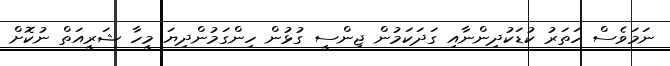
ނަމަވެސް ހަތަރު ކުޑަކުދިންނާއި ގަދަކަމުން ޖިންސީ ގުޅުން ހިންގަމުންދިޔަ މީހާ ޝަރީއަތް ނުކޮށް